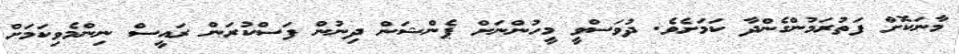
މާނަކޮށް ފަތުރަމުންގެންދާ ކަމަށެވެ. ދުވަސްވީ މީހުންނަށް ޕެންޝަން ދިނުން ފަސްކުރަން ރައީސް ނިންމެވިކަމަށް